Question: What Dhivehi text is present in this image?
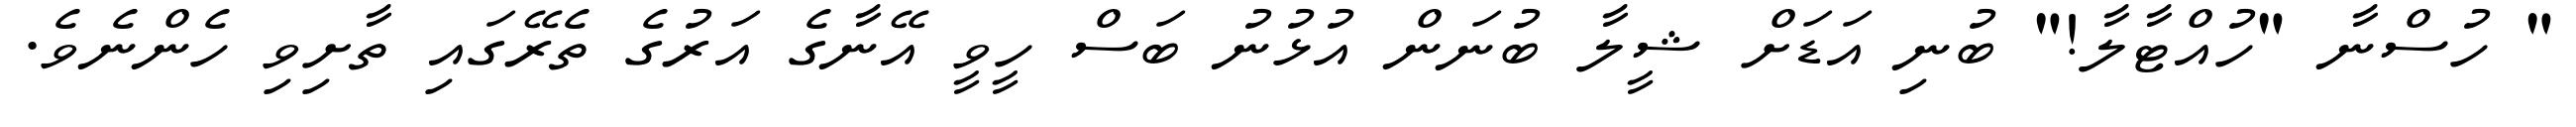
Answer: " ހުސްނާ "ހުއްޓާލާ!" ބުނި އަޑަށް ޝީލާ ބުނަން އުޅުނު ބަސް ހީވީ އޭނާގެ އަރުގެ ތެރޭގައި ތާށިވި ހެންނެވެ.